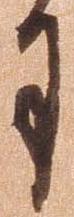
月